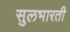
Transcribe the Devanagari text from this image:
सुलभारती